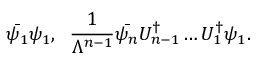
\bar { \psi _ { 1 } } \psi _ { 1 } , \; \; \frac { 1 } { \Lambda ^ { n - 1 } } \bar { \psi _ { n } } U _ { n - 1 } ^ { \dagger } \ldots U _ { 1 } ^ { \dagger } \psi _ { 1 } .